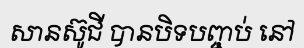
សានស៊ូជី បានបិទបញ្ចប់ នៅ